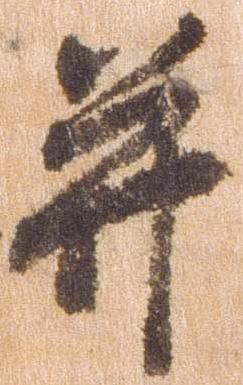
并